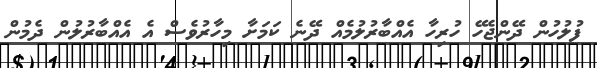
ފުލުހުން ދޭންޖެހޭ ހުރިހާ އެއްބާރުލުމެއް ދޭނެ ކަމަށާ މިހާރުވެސް އެ އެއްބާރުލުން ދެމުން